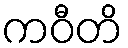
ကဝီတိ